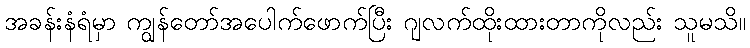
အခန်းနံရံမှာ ကျွန်တော်အပေါက်ဖောက်ပြီး ဂျလက်ထိုးထားတာကိုလည်း သူမသိ။